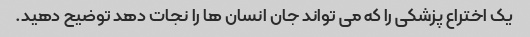
یک اختراع پزشکی را که می تواند جان انسان ها را نجات دهد توضیح دهید.